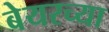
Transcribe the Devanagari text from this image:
बेयरच्या